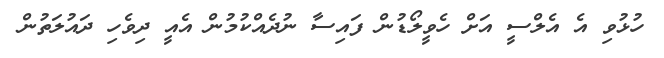
ހުޅުވި އެ އެލްސީ އަށް ހެވީލޯޑުން ފައިސާ ނުދެއްކުމުން އެއީ ދިވެހި ދައުލަތުން